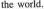
the world.